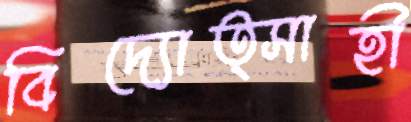
বিদ্যোত্সাহী